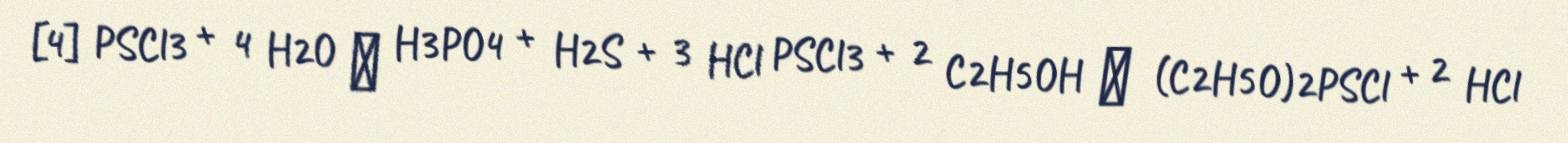
[4] PSCl3 + 4 H2O → H3PO4 + H2S + 3 HCl PSCl3 + 2 C2H5OH → (C2H5O)2PSCl + 2 HCl